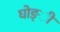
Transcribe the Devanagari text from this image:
घोङ्ी